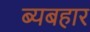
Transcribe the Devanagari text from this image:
ब्यबहार